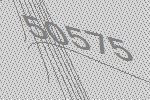
50575